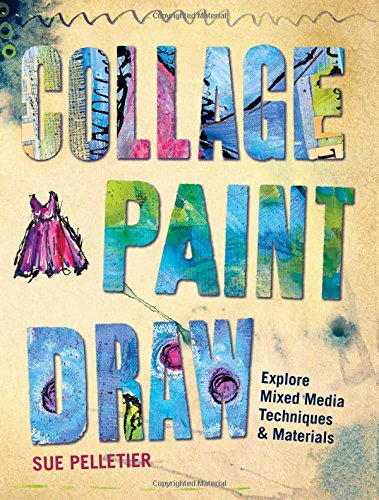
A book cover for Collage, Paint, Draw: Explore Mixed Media Techniques and Materials; Sue Pelletier; Crafts, Hobbies & Home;